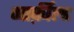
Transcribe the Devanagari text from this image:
गार्फ़ील्ड